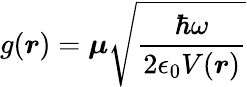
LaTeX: g(\boldsymbol{r})=\boldsymbol{\mu}\sqrt{\frac{\hbar\omega}{2\epsilon_{0}V(\boldsymbol{r})}}